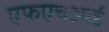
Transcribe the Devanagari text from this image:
एफएचआई